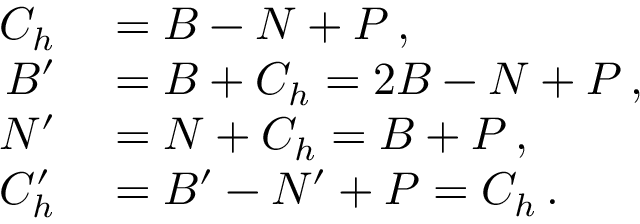
\begin{array} { r l } { C _ { h } } & { { } = B - N + P \, , } \\ { B ^ { \prime } } & { { } = B + C _ { h } = 2 B - N + P \, , } \\ { N ^ { \prime } } & { { } = N + C _ { h } = B + P \, , } \\ { C _ { h } ^ { \prime } } & { { } = B ^ { \prime } - N ^ { \prime } + P = C _ { h } \, . } \end{array}